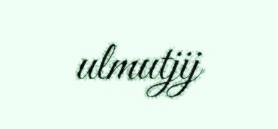
ulmutjij